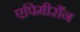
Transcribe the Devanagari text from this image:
एपिमीराँन